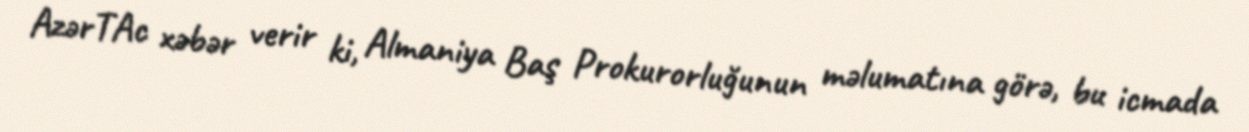
AzərTAc xəbər verir ki, Almaniya Baş Prokurorluğunun məlumatına görə, bu icmada